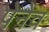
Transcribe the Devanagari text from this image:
पेनेव